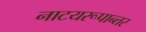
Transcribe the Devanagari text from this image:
नाटयरूपान्तर